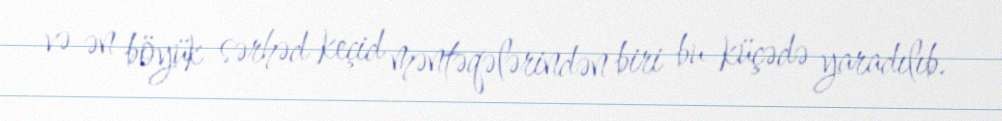
və ən böyük sərhəd keçid məntəqələrindən biri bu küçədə yaradılıb.